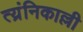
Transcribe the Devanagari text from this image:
त्य्रंनिकाल्ली